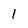
Character: 1